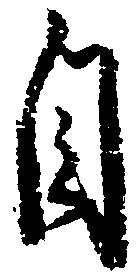
自